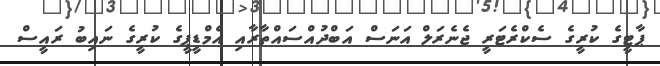
ޕާޓީގެ ކުރީގެ ސެކްރެޓަރީ ޖެނެރަލް އަނަސް އަބްދުއްސައްތާރާއި އެމްޑީޕީގެ ކުރީގެ ނައިބު ރައީސް